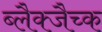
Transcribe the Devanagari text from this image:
ब्लैक्जैच्क